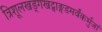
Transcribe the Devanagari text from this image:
त्रिशूलखड्गखट्वाङ्गडमर्वंकर्भुजां